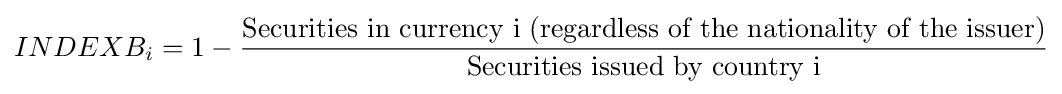
INDEXB_{i}=1-{\frac {\text{Securities in currency i (regardless of the nationality of the issuer)}}{\text{Securities issued by country i}}}